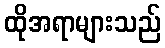
ထိုအရာများသည်